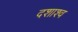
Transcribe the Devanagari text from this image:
दशाश्व